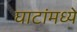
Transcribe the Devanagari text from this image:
घाटांमध्ये